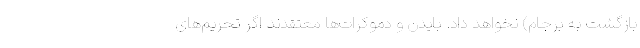
بازگشت به برجام) نخواهد داد. بایدن و دموکرات‌ها معتقدند اگر تحریم‌های